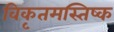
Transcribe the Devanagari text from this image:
विकृतमस्तिष्क